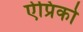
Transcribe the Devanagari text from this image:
ऐप्रिको